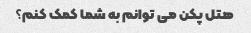
هتل پکن می توانم به شما کمک کنم؟